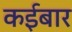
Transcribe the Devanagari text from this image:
कईबार